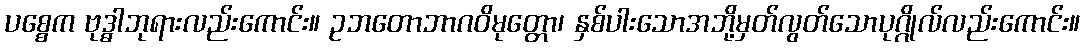
ပစ္စေက ဗုဒ္ဓါဘုရားလည်းကောင်း။ ဥဘတောဘာဂဝိမုတ္တော၊ နှစ်ပါးသောအဘို့မှတ်လွတ်သောပုဂ္ဂိုလ်လည်းကောင်း။